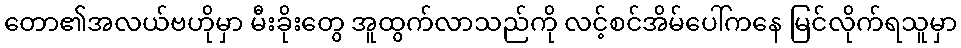
တော၏အလယ်ဗဟိုမှာ မီးခိုးတွေ အူထွက်လာသည်ကို လင့်စင်အိမ်ပေါ်ကနေ မြင်လိုက်ရသူမှာ